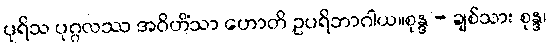
ပုရိသ ပုဂ္ဂလဿ အဝိဟိံသာ ဟောတိ ဥပရိဘာဂါယ။စုန္ဒ - ချစ်သား စုန္ဒ၊